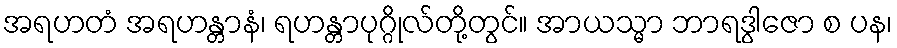
အရဟတံ အရဟန္တာနံ၊ ရဟန္တာပုဂ္ဂိုလ်တို့တွင်။ အာယသ္မာ ဘာရဒွါဇော စ ပန၊